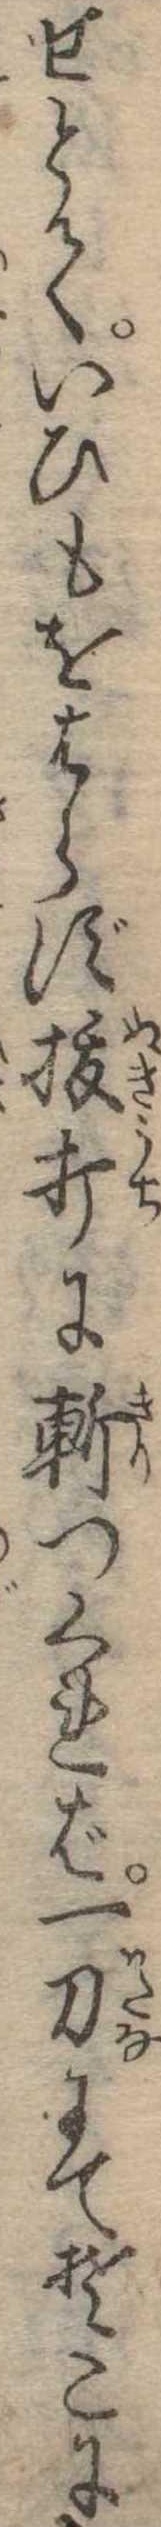
せとていひもをはらず抜打に斬つくれば一刀にてそこに